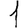
Digit: 1